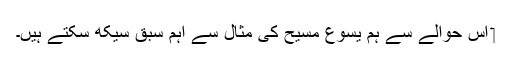
‏ اِس حوالے سے ہم یسوع مسیح کی مثال سے اہم سبق سیکھ سکتے ہیں۔